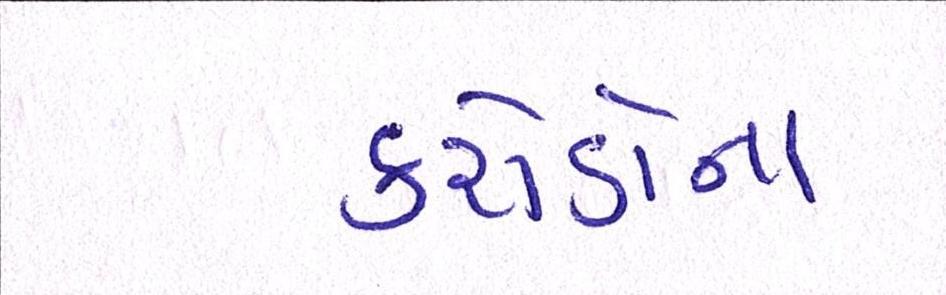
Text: કરોડોના